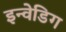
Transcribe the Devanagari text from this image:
इन्वेडिग